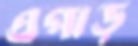
এপাড়